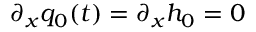
\partial _ { x } q _ { 0 } ( t ) = \partial _ { x } h _ { 0 } = 0